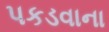
પકડવાના